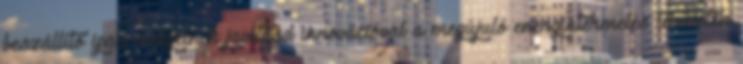
beszállító ipar esélyeinek javítása innovációval a megújuló energiatermelés területén